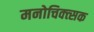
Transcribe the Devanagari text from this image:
मनोचिक्त्सक